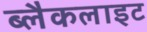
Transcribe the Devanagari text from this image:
ब्लैकलाइट